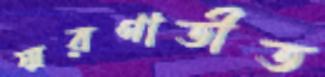
স্মরণাতীত